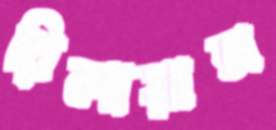
রিলায়ান্স